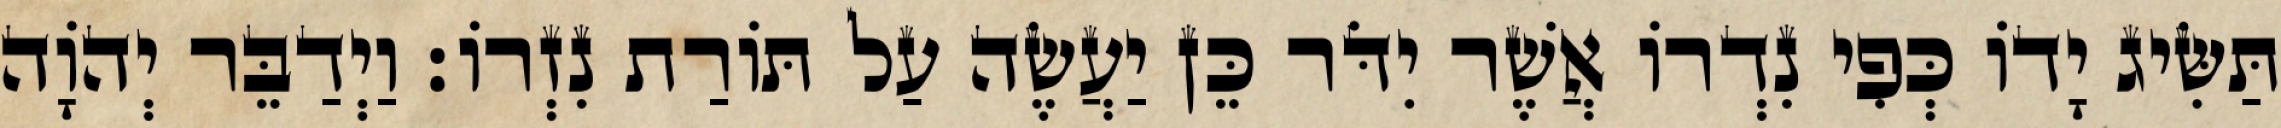
תַּשִּׂיג יָדוֹ כְּפִי נִדְרוֹ אֲשֶׁר יִדֹּר כֵּן יַעֲשֶׂה עַל תּוֹרַת נִזְרוֹ׃ וַיְדַבֵּר יְהוָֹה